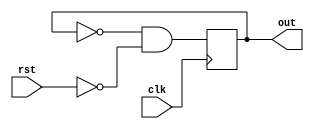
module flipper(
    input rst,
    input clk,
    output out
);
    reg out_r;
    assign out = out_r;
    always @(posedge clk) begin
        out_r <= ~out_r && (~rst);
    end
endmodule